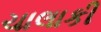
ચાલાકી